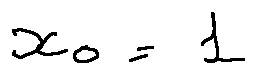
x _ { 0 } = 1